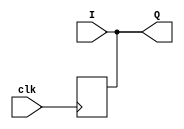
`timescale 1ns / 1ps
//////////////////////////////////////////////////////////////////////////////////
// Company: 
// Engineer: 
// 
// Design Name: 
// Module Name: simple_register
// Project Name: 
// Target Devices: 
// Tool Versions: 
// Description: 
// 
// Dependencies: 
// 
// Revision:
// Revision 0.01 - File Created
// Additional Comments:
// 
//////////////////////////////////////////////////////////////////////////////////


module simple_register
#(parameter N = 4)(
input [N-1 : 0] I ,
input clk,
output [N-1 : 0] Q
    );
    //register part (FF)
    reg [N-1 : 0] Q_reg , Q_next;
   
    always @(posedge clk)
    begin
        Q_reg <= Q_next;                 //using non blocking assignment with sequential elements
    end
    //actual logic (next state logic)
    always @(I)
    begin
       Q_reg = I;
    end   
    //output logic
    assign Q = Q_reg;    
  // in registers: seperate the registers (FF) from the actual logic and the output logic   
 // this is the way to make a basic register >> just remove parameter N    
endmodule